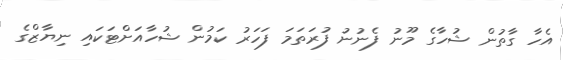
އެހާ ގާތުން ޝުހާގެ މޫނު ފެނުނު ފުރަތަމަ ފަހަރު ކަމުން ޝުހާއަށްޓަކައި ނިޔާޒްގެ